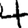
Digit: 4